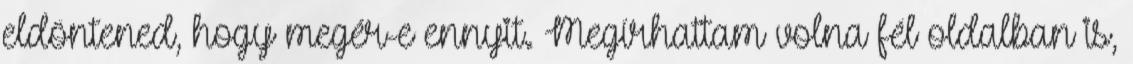
eldöntened, hogy megér-e ennyit. Megírhattam volna fél oldalban is,